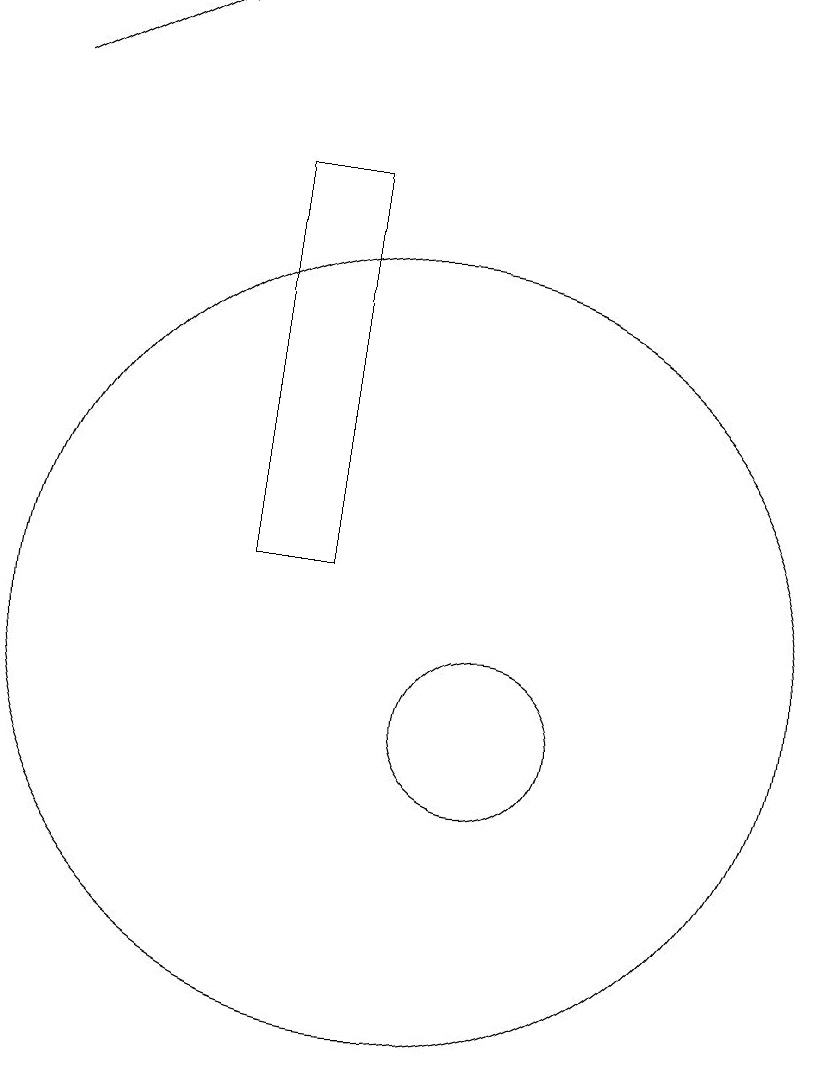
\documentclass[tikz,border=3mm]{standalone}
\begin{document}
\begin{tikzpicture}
\draw (10,11) circle (5);
\draw (11,10) circle (1);
\draw[->] (5,18) -- (7,19);
\draw (9,12) rectangle (8,17);
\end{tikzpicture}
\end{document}